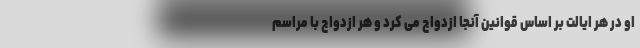
او در هر ایالت بر اساس قوانین آنجا ازدواج می کرد و هر ازدواج با مراسم